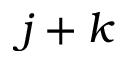
j + k